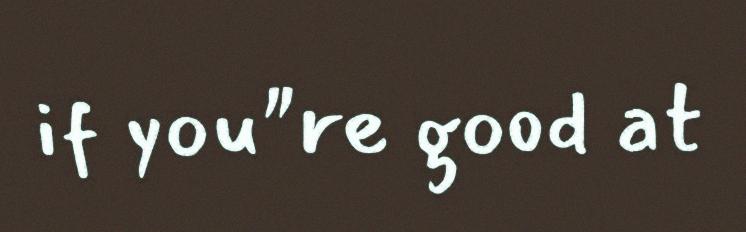
if you"re good at